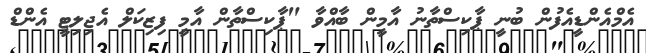
އެމްއެންޑީއެފުން ބުނީ ޕާކިސްތާނު އާމީން ބާއްވާ "ޕާކިސްތާން އާމީ ފިޒިކަލް އެޖިލިޓީ އެންޑް